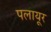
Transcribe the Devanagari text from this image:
पलायूर